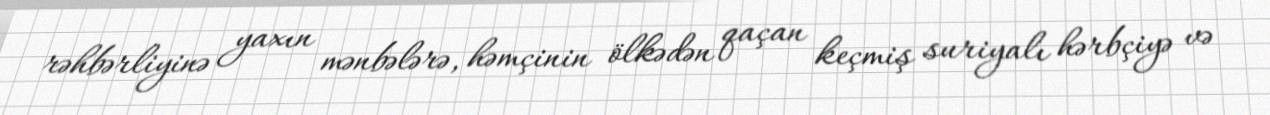
rəhbərliyinə yaxın mənbələrə, həmçinin ölkədən qaçan keçmiş suriyalı hərbçiyə və